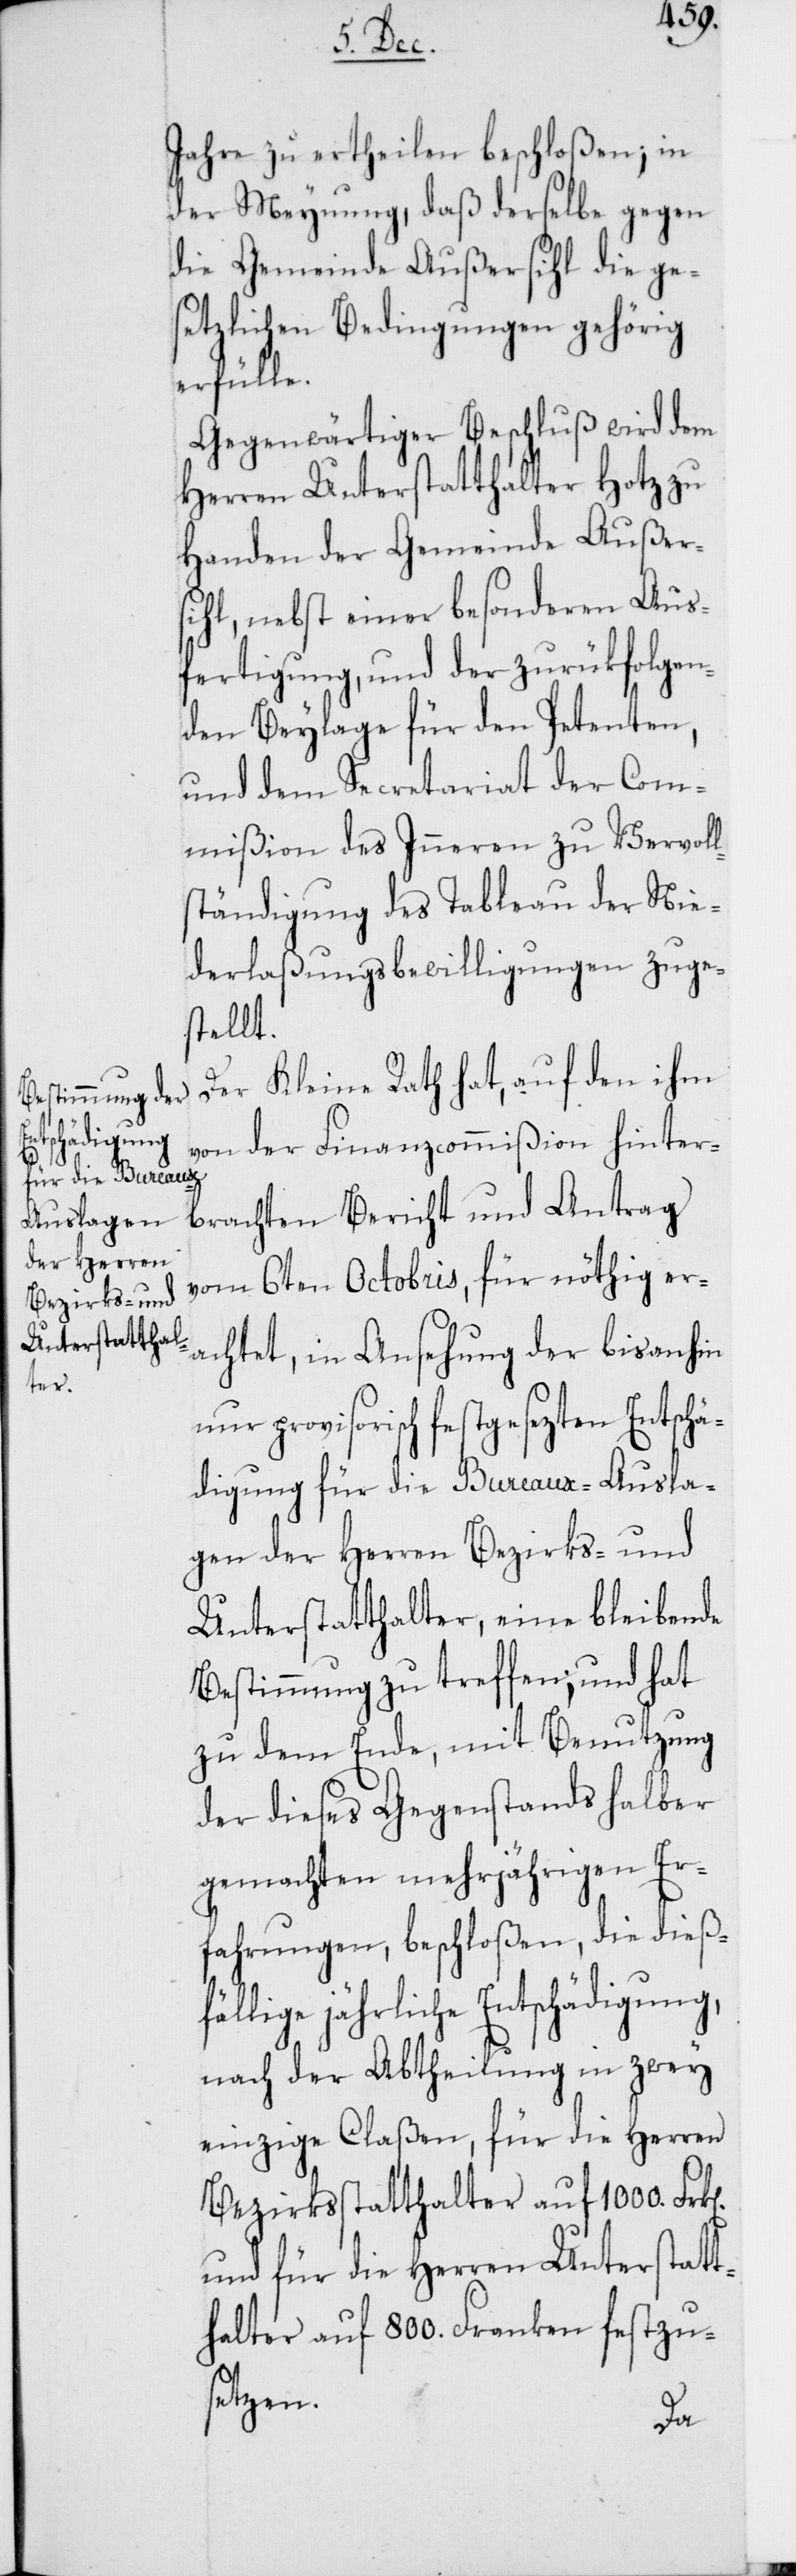
Jahre zu ertheilen beschloßen; in
der Meynung, daß derselbe gegen
die Gemeinde Außersihl die ge¬
setzlichen Bedingungen gehörig
erfülle.
Gegenwärtiger Beschluß wird dem
Herren Unterstatthalter Hotz zu
Handen der Gemeinde Außers¬
ihl, nebst einer besonderen Aus¬
fertigung, und der zurükfolgen¬
den Beylage für den Petenten,
und dem Secretariat der Com¬
mißion des Inneren zu Vervoll¬
ständigung des Tableau der Nie¬
derlaßungsbewilligungen zuge¬
stellt.
Der Kleine Rath hat, auf den ihm
von der Finanzcommißion hinter¬
brachten Bericht und Antrag
vom 6ten Octobris, für nöthig er¬
achtet, in Ansehung der bis anhin
nur provisorisch festgesezten Entschä¬
digung für die Bureaux-Ausla¬
gen der Herren Bezirks- und
Unterstatthalter, eine bleibende
Bestimmung zu treffen, und hat
zu dem Ende, mit Benutzung
der dieses Gegenstands halber
gemachten mehrjährigen Er¬
fahrungen, beschloßen, die dießf¬
ällige jährliche Entschädigung,
nach der Abtheilung in zwey
einzige Claßen, für die Herren
Bezirksstatthalter auf 1000.
und für die Herren Unterstatt¬
halter auf 800. Franken festzu¬
setzen.